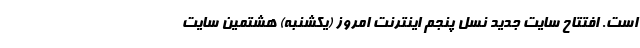
است. افتتاح سایت جدید نسل پنجم اینترنت امروز (یکشنبه) هشتمین سایت